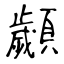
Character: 顪